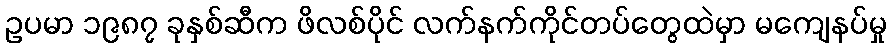
ဥပမာ ၁၉၈၇ ခုနှစ်ဆီက ဖိလစ်ပိုင် လက်နက်ကိုင်တပ်တွေထဲမှာ မကျေနပ်မှု